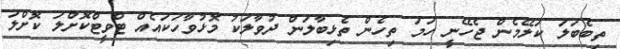
ތިބެބަލަ ކަލޭމެން ޖެހޭނީ ހަމަ ތިހެން ތެޅިބާލަން ދުވާލަކު މޮޅުވާހަކައެއް ޓްވީޓްކޮށްލަ ކޮށްލަ